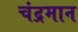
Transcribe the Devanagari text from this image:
चंद्रमान